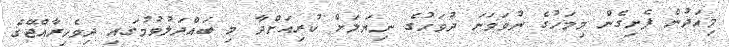
މިއަދުން ފެށިގެން މިމަހުގެ ނުވަވަނަަ ދުވަހުގެ ނިޔަލަށް ކުރިއަށްދާ މި ބައްދަލުވުމުގައި ދިވެހިރާއްޖޭގެ